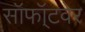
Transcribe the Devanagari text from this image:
सॉफॉ्टवेर